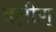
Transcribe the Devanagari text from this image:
दक्षीण्